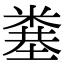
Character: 𥻎